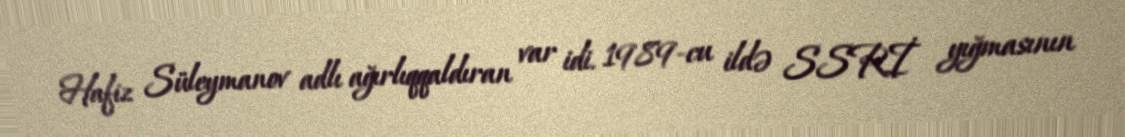
Hafiz Süleymanov adlı ağırlıqqaldıran var idi. 1989-cu ildə SSRİ yığmasının